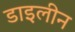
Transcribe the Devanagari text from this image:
डाइलीन